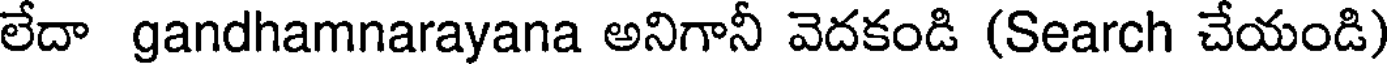
లేదా gandhamnarayana అనిగానీ వెదకండి (Search చేయండి)